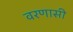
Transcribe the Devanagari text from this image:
वरणासी